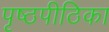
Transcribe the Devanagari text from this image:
पृष्ठपीठिका